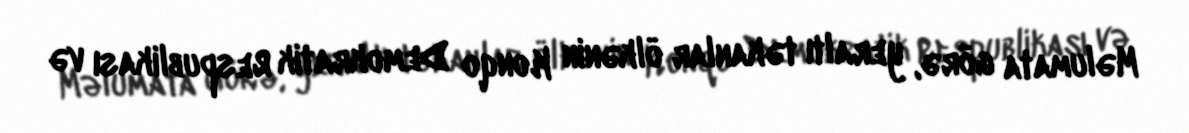
Məlumata görə, yeraltı təkanlar ölkənin Konqo Demokratik Respublikası və